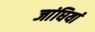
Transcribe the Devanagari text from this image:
जांघियां